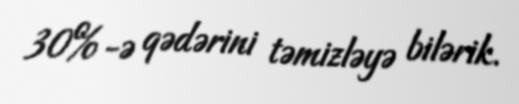
30%-ə qədərini təmizləyə bilərik.